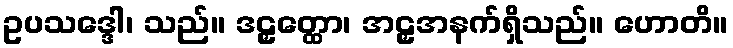
ဥပသဒ္ဒေါ၊ သည်။ ဒဠှတ္ထော၊ အဠှအနက်ရှိသည်။ ဟောတိ။